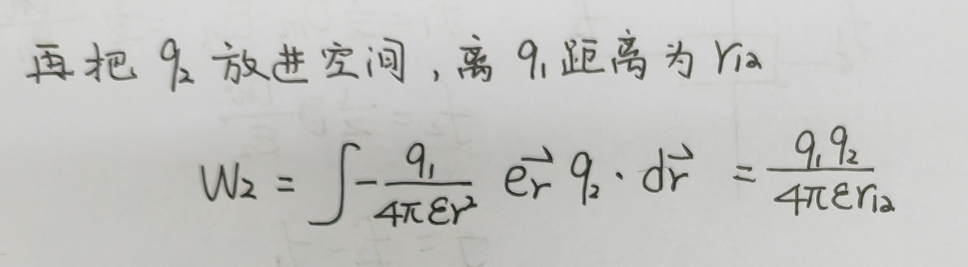
再把\(q_{2}\)放进空间，离\(q_{1}\)距离为\(r_{12}\)
\[
W_{2}=\int-\frac{q_{1}}{4\pi\varepsilon r^{2}}\vec{e_{r}}q_{2}\cdot d\vec{r}=\frac{q_{1}q_{2}}{4\pi\varepsilon r_{12}}
\]